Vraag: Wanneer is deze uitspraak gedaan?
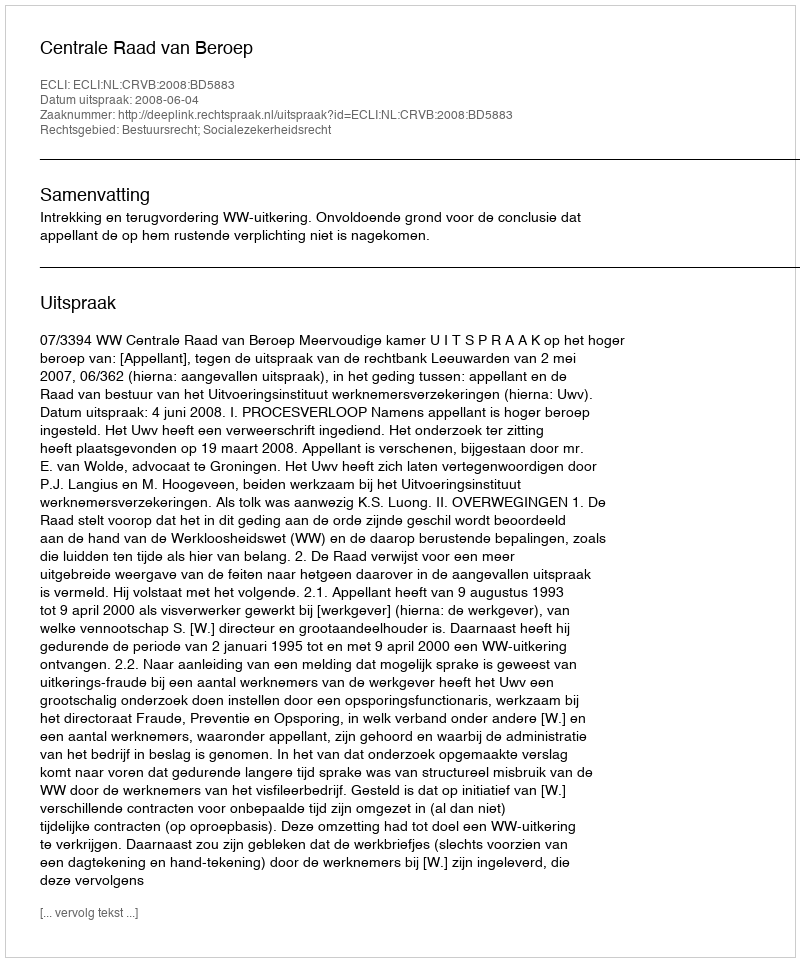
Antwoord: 2008-06-04